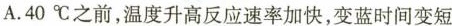
A.40℃之前，温度升高反应速率加快,变蓝时间变短